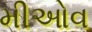
મીઓવ